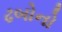
ઢબોનો